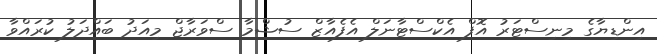
އިންޑިޔާގެ މިނިސްޓަރު އޮފް އެކްސްޓާނަލް އެފެއާޒް ސުޝްމާ ސްވަރާޖް މިއަދު ބައްދަލު ކުރައްވާ